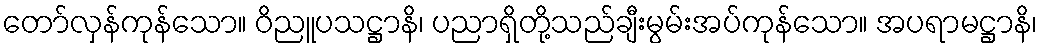
တော်လှန်ကုန်သော။ ဝိညူပသဋ္ဌာနိ၊ ပညာရှိတို့သည်ချီးမွမ်းအပ်ကုန်သော။ အပရာမဋ္ဌာနိ၊